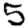
Digit: 5